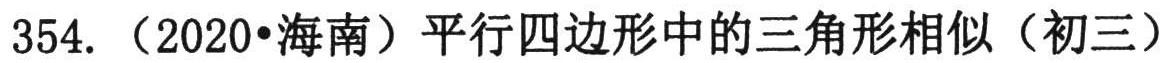
354. （2020•海南）平行四边形中的三角形相似（初三）